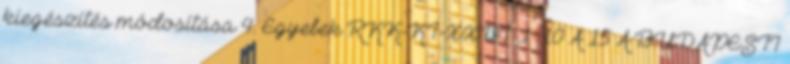
kiegészítés módosítása 4. Egyebek RKK-KT-XXVI 1 10 A 15 A BUDAPESTI